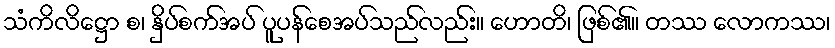
သံကိလိဋ္ဌော စ၊ နှိပ်စက်အပ် ပူပန်စေအပ်သည်လည်း။ ဟောတိ၊ ဖြစ်၏။ တဿ လောကဿ၊